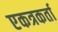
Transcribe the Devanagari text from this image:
एकत्रकर्ता